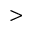
>